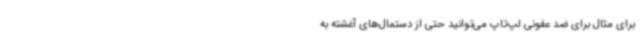
برای مثال برای ضد عفونی لپ‌تاپ می‌توانید حتی از دستمال‌های آغشته به